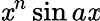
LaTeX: \mathit{x}^{n}\sin{a\mathit{x}}